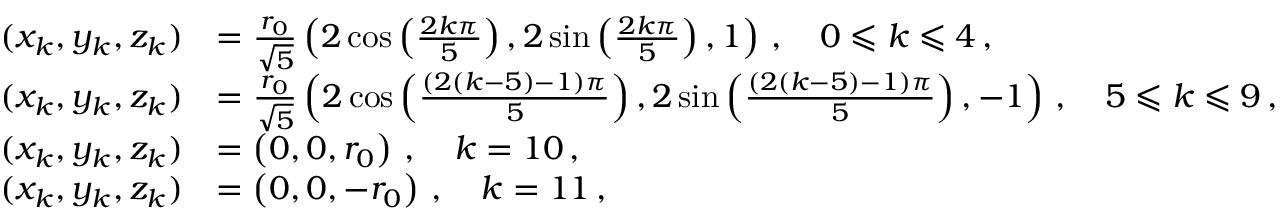
\begin{array} { r l } { ( x _ { k } , y _ { k } , z _ { k } ) } & { = \frac { r _ { 0 } } { \sqrt { 5 } } \left( 2 \cos \left( \frac { 2 k \pi } { 5 } \right) , 2 \sin \left( \frac { 2 k \pi } { 5 } \right) , 1 \right) \, , \quad \hfill 0 \leqslant k \leqslant 4 \, , } \\ { ( x _ { k } , y _ { k } , z _ { k } ) } & { = \frac { r _ { 0 } } { \sqrt { 5 } } \left( 2 \cos \left( \frac { ( 2 ( k - 5 ) - 1 ) \pi } { 5 } \right) , 2 \sin \left( \frac { ( 2 ( k - 5 ) - 1 ) \pi } { 5 } \right) , - 1 \right) \, , \quad \hfill 5 \leqslant k \leqslant 9 \, , } \\ { ( x _ { k } , y _ { k } , z _ { k } ) } & { = \left( 0 , 0 , r _ { 0 } \right) \, , \quad \hfill k = 1 0 \, , } \\ { ( x _ { k } , y _ { k } , z _ { k } ) } & { = \left( 0 , 0 , - r _ { 0 } \right) \, , \quad \hfill k = 1 1 \, , } \end{array}